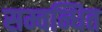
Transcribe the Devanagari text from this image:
सम्वन्धित